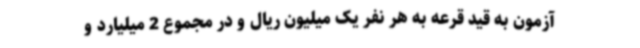
آزمون به قید قرعه به هر نفر یک میلیون ریال و در مجموع 2 میلیارد و